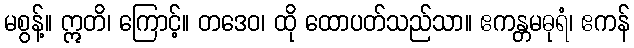
မစွန့်။ ဣတိ၊ ကြောင့်။ တဒေဝ၊ ထို ထောပတ်သည်သာ။ ဧကန္တမဓုရံ၊ ဧကန်